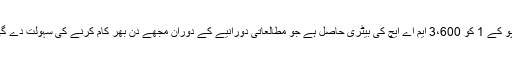
اوپو کے 1 کو 3،600 ایم اے ایچ کی بیٹری حاصل ہے جو مطالعاتی دورانیے کے دوران مجھے دن بھر کام کرنے کی سہولت دے گی۔